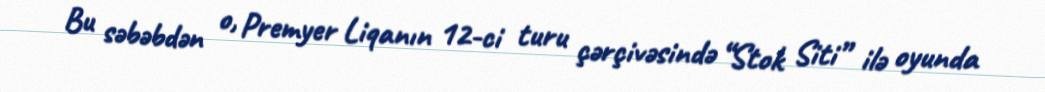
Bu səbəbdən o, Premyer Liqanın 12-ci turu çərçivəsində “Stok Siti” ilə oyunda